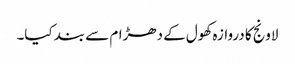
لاونج کا دروازہ کھول کے دھڑام سے بند کیا۔